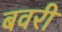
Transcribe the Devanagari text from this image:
बवरी